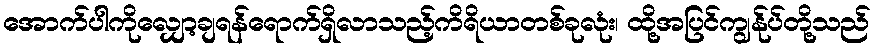
အောက်ပါကိုလျှော့ချရန်ရောက်ရှိလာသည့်ကိရိယာတစ်ခုလုံး၊ ထို့အပြင်ကျွန်ုပ်တို့သည်